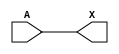
module sky130_fd_sc_hvl__lsbuflv2hv_symmetric (
    X,
    A
);

    // Module ports
    output X;
    input  A;

    // Module supplies
    supply1 VPWR ;
    supply0 VGND ;
    supply1 LVPWR;
    supply1 VPB  ;
    supply0 VNB  ;

    //  Name  Output  Other arguments
    buf buf0 (X     , A              );

endmodule